Calcutta medical institutions reports 1892-1900
Year: 1892
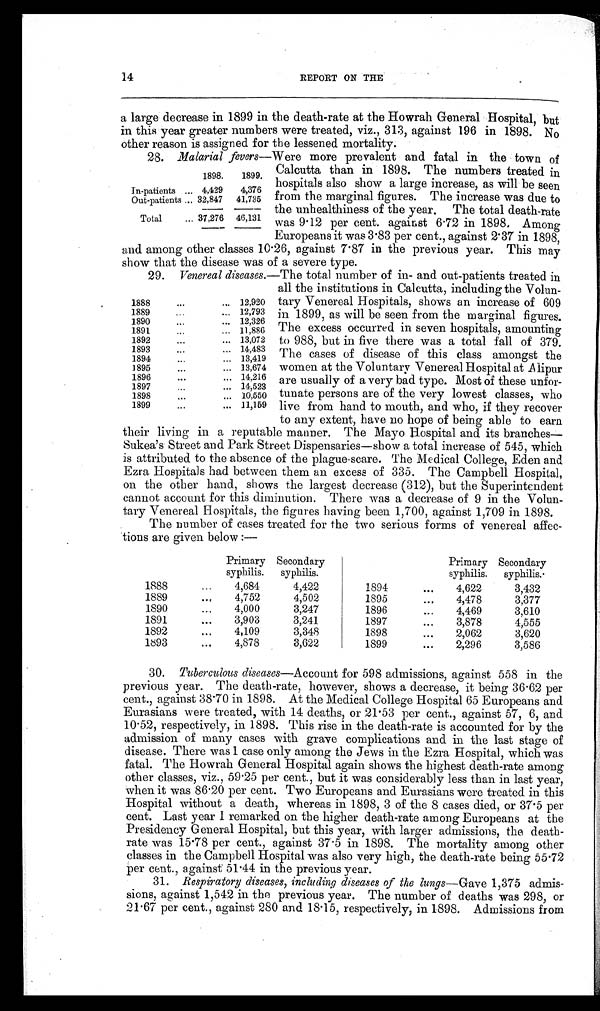
14
REPORT ON THE
a large decrease in 1899 in the death-rate at the Howrah General Hospital, but
in this year greater numbers were treated, viz., 313, against 196 in 1898. No
other reason is assigned for the lessened mortality.
28. Malarial fevers-Were more prevalent and fatal in the town of
1898.
1899.
In-patients ... 4,429
4,376
Out-patients ... 32,847
41,735
Total
... 37,276
46,131
Calcutta than in 1898. The numbers treated in
hospitals also show a large increase, as will be seen
from the marginal figures. The increase was due to
the unhealthiness of the year. The total death-rate
was 9.12 per cent. against 6.72 in 1898. Among
Europeans it was 3.83 per cent., against 2.37 in 1898.
and among other classes 10.26, against 7.87 in the previous year. This may
show that the disease was of a severe type.
29. Venereal diseases. -The total number of in- and out-patients treated in
all the institutions in Calcutta, including the Volun-
1888
. . .
... 12,920
1889
. . .
... 12,793
1890
. . .
... 12,326
1891
. . .
... 11,886
1892
. . .
... 13,072
1893
. . .
... 14,483
1894
. . .
... 13,419
1895
. . .
... 13,674
1896
. . .
...
14,216
1897
. . .
... 14,523
1898
. . .
... 10,550
1899
...
... 11,159
tary Venereal Hospitals, shows an increase of 609
in 1899, as will be seen from the marginal figures.
The excess occurred in seven hospitals, amounting
to 988, but in five there was a total fall of 379.
The cases of disease of this class amongst the
women at the Voluntary Venereal Hospital at A lipur
are usually of a very bad type. Most of these unfor-
-tunate persons are of the very lowest classes, who
live from hand to mouth, and who, if they recover
to any extent, have no hope of being able to earn
their living in a reputable manner. The Mayo Hospital and its branches
Sukea's Street and Park Street Dispensaries-show a total increase of 545, which
is attributed to the absence of the plague scare. The Medical College, Eden and
Ezra Hospitals had between them an excess of 335. The Campbell Hospital,
on the other hand, shows the largest decrease (312), but the Superintendent
cannot account for this diminution. There was a decrease of 9 in the Volun-
-tary Venereal Hospitals, the figures having been 1,700, against 1,709 in 1898.
The number of cases treated for the two serious forms of venereal affec-
tions are given below :-
Primary
syphilis.
Secondary
syphilis.
Primary
syphilis.
Secondary
syphilis.
1888
...
4,684
4,422
1894
...
4,622
3,432
1889
. . .
4,752
4,502
1895
...
4,478
3,377
1890
...
4,000
3,247
1896
...
4,469
3,610
1891
...
3,903
3,241
1897
...
3,878
4,555
1892
...
4,109
3,348
1898
...
2,062
3,620
1893
...
4,878
3,622
1899
...
2,296
3,586
30. Tuberculous diseases-Account for 598 admissions, against 558 in the
previous year. The death-rate, however, shows a decrease, it being 36.62 per
cent., against 38.70 in 1898. At the Medical College Hospital 65 Europeans and
Eurasians were treated, with 14 deaths, or 21.53 per cent., against 57, 6, and
10.52, respectively, in 1898. This rise in the death-rate is accounted for by the
admission of many cases with grave complications and in the last stage of
disease. There was 1 case only among the Jews in the Ezra Hospital, which was
fatal. The Howrah General Hospital again shows the highest death-rate among
other classes, viz., 59.25 per cent., but it was considerably less than in last year,
when it was 86.20 per cent. Two Europeans and Eurasians were treated in this
Hospital without a death, whereas in 1898, 3 of the 8 cases died, or 37.5 per
cent. Last year I remarked on the higher death-rate among Europeans at the
Presidency General Hospital, but this year, with larger admissions, the death-
rate was 15.78 per cent., against 37.5 in 1898. The mortality among other
classes in the Campbell Hospital was also very high, the death-rate being 55.72
per cent., against 51.44 in the previous year.
31. Respiratory diseases, including diseases of the lungs-Gave 1,375 admis-
sions, against 1,542 in the previous year. The number of deaths was 298, or
21.67 per cent., against 280 and 18.15, respectively, in 1898. Admissions from